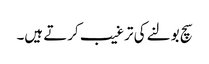
سچ بولنے کی ترغیب کرتے ہیں۔